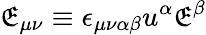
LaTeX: \mathfrak{E}_{\mu\nu}\equiv\epsilon_{\mu\nu\alpha\beta}u^{\alpha}\mathfrak{E}^{\beta}